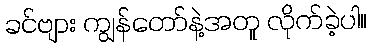
ခင်ဗျား ကျွန်တော်နဲ့အတူ လိုက်ခဲ့ပါ။